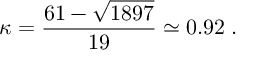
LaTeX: \kappa = \frac { 6 1 - \sqrt { 1 8 9 7 } } { 1 9 } \simeq 0 . 9 2 \; .